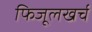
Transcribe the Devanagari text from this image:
फिजूलखर्च